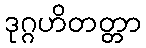
ဒုဂ္ဂဟိတတ္တာ